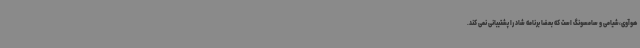
هوآوی،شیامی و سامسونگ است که بعضا برنامه شاد را پشتیبانی نمی کند.